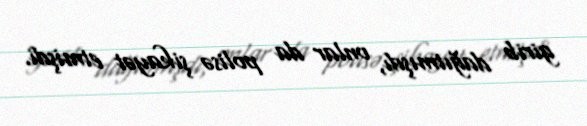
girib dağıtmışdı, onlar da polisə şikayət etmişdi.